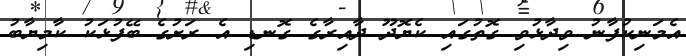
އެމަނިކުފާނު ވިދާޅުވި ގޮތުގައި ކެޔޮދޫ ދާއިރާގެ ގޮނޑި އެ ރަށުގެ ބޭފުޅަކު ކާމިޔާބު